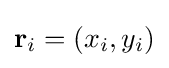
\mathbf {r} _{i}=(x_{i},y_{i})